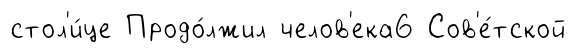
стол'и́це Продо́лжил челов'ека6 Сов'е́тской